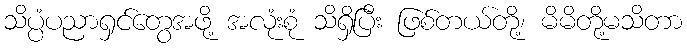
သိပ္ပံပညာရှင်တွေအဖို့ အလုံးစုံ သိရှိပြီး ဖြစ်တယ်တို့၊ မိမိတို့မသိတာ